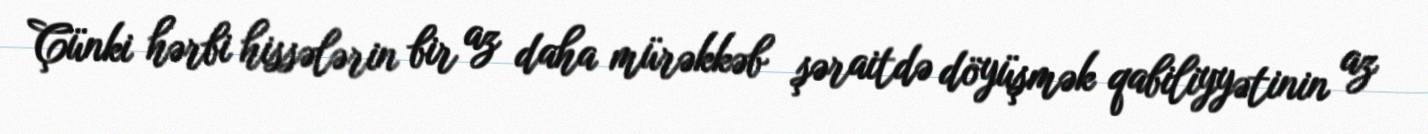
Çünki hərbi hissələrin bir az daha mürəkkəb şəraitdə döyüşmək qabiliyyətinin az